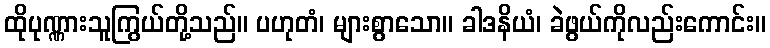
ထိုပုဏ္ဏားသူကြွယ်တို့သည်။ ပဟုတံ၊ များစွာသော။ ခါဒနိယံ၊ ခဲဖွယ်ကိုလည်းကောင်း။